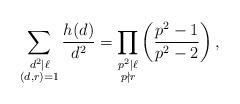
LaTeX: \begin{align*}\sum_{\substack{d^2\mid \ell\\(d,r)=1}}\frac{h(d)}{d^2}=\prod_{\substack{p^2\mid \ell\\p\nmid r}}\left(\frac{p^2-1}{p^2-2}\right),\end{align*}